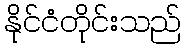
နိုင်ငံတိုင်းသည်